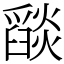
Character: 𦦨